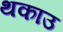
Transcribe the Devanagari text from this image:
थकाउ